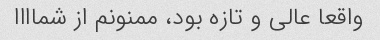
واقعا عالی و تازه بود، ممنونم از شماااا